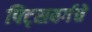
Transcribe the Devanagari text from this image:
पिट्सबर्गचे